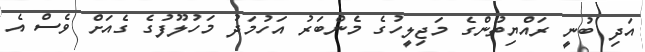
އަދި ބުނީ ރައްޔިތުންގެ މަޖިލީހުގެ މެންބަރު އަހުމަދު މަހުލޫފުގެ ގެއަށް ވެސް އެ